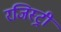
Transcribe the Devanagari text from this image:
रजिस्‍ट्री